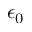
\epsilon _ { 0 }